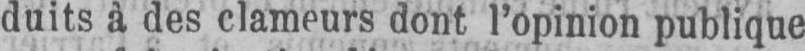
duits à des clameurs dont l’opinion publique